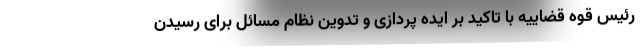
رئیس قوه قضاییه با تاکید بر ایده پردازی و تدوین نظام مسائل برای رسیدن